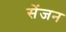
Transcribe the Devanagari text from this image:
सेंजन